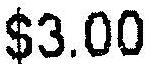
$3.00